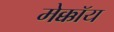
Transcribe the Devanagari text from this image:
मेक्कॉय